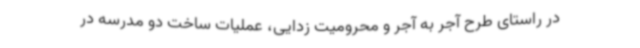
در راستای طرح آجر به آجر و محرومیت زدایی، عملیات ساخت دو مدرسه در